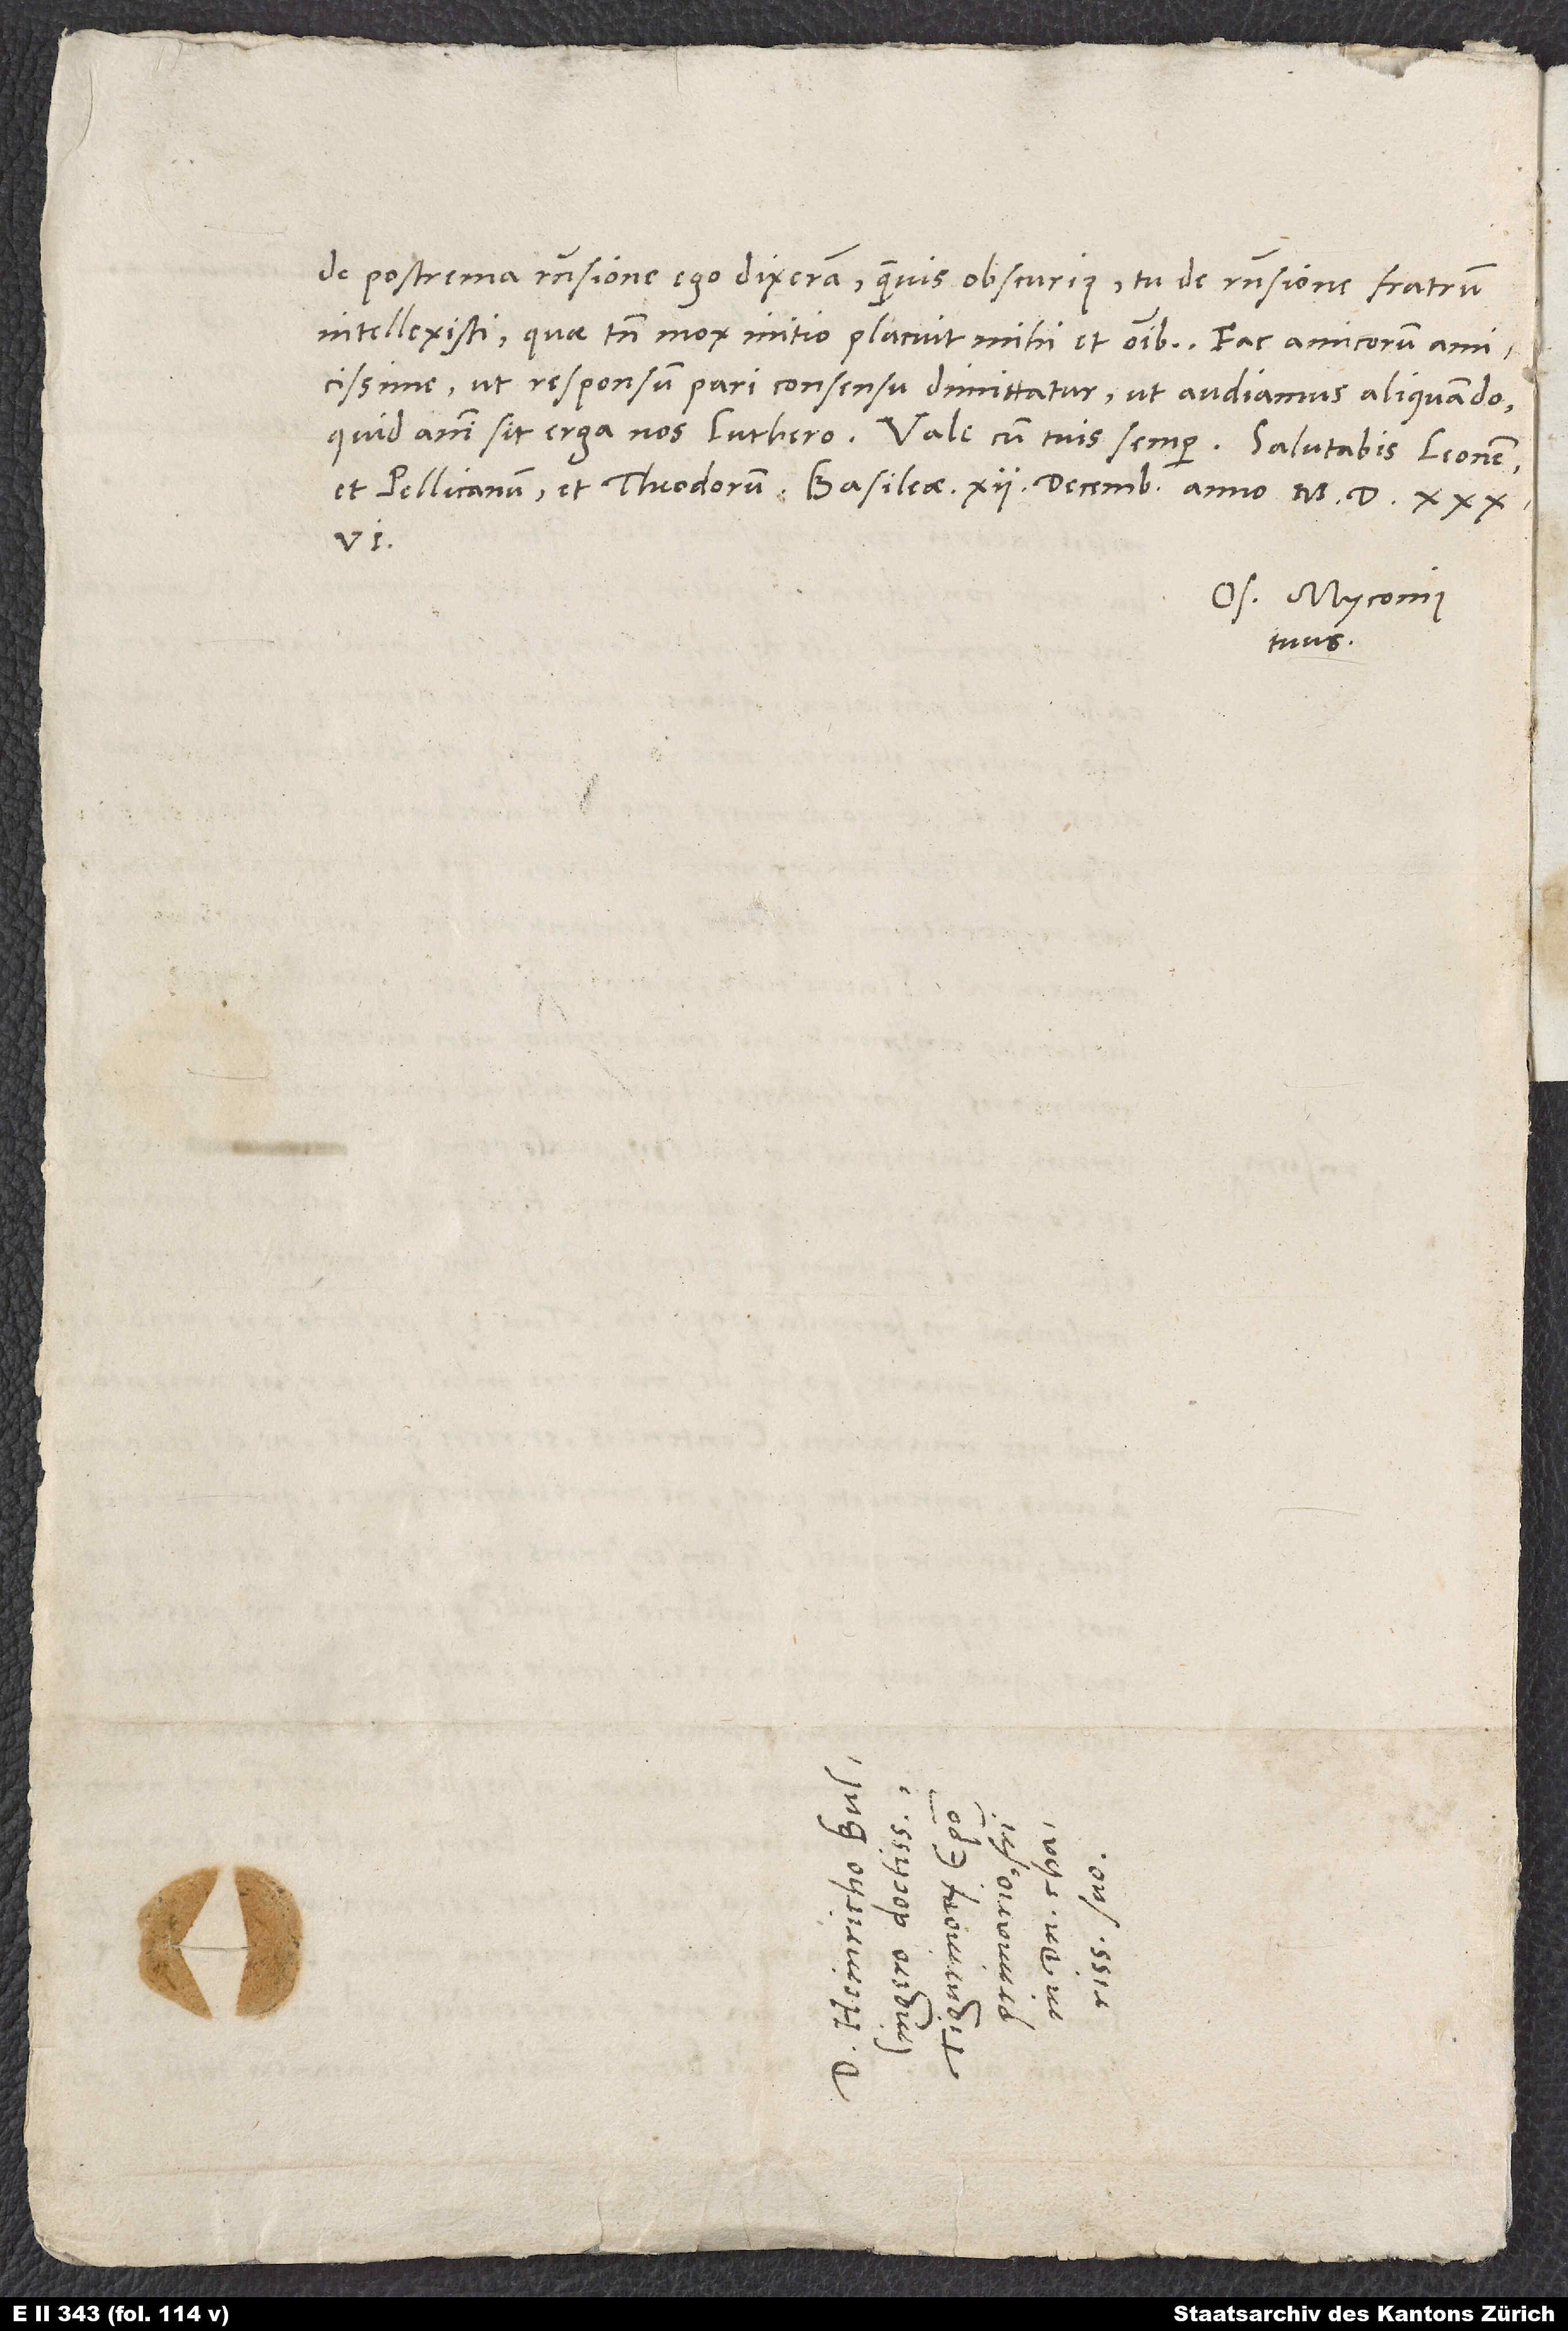
de postrema responsione ego dixeram, quamvis obscurius; tu de responsione fratrum
intellexisti, quae tamen mox initio placuit mihi et omnibus.
amicissime, ut responsum pari consensu dimittatur, ut audiamus aliquando,
Os. Myconius
tuus.
S.